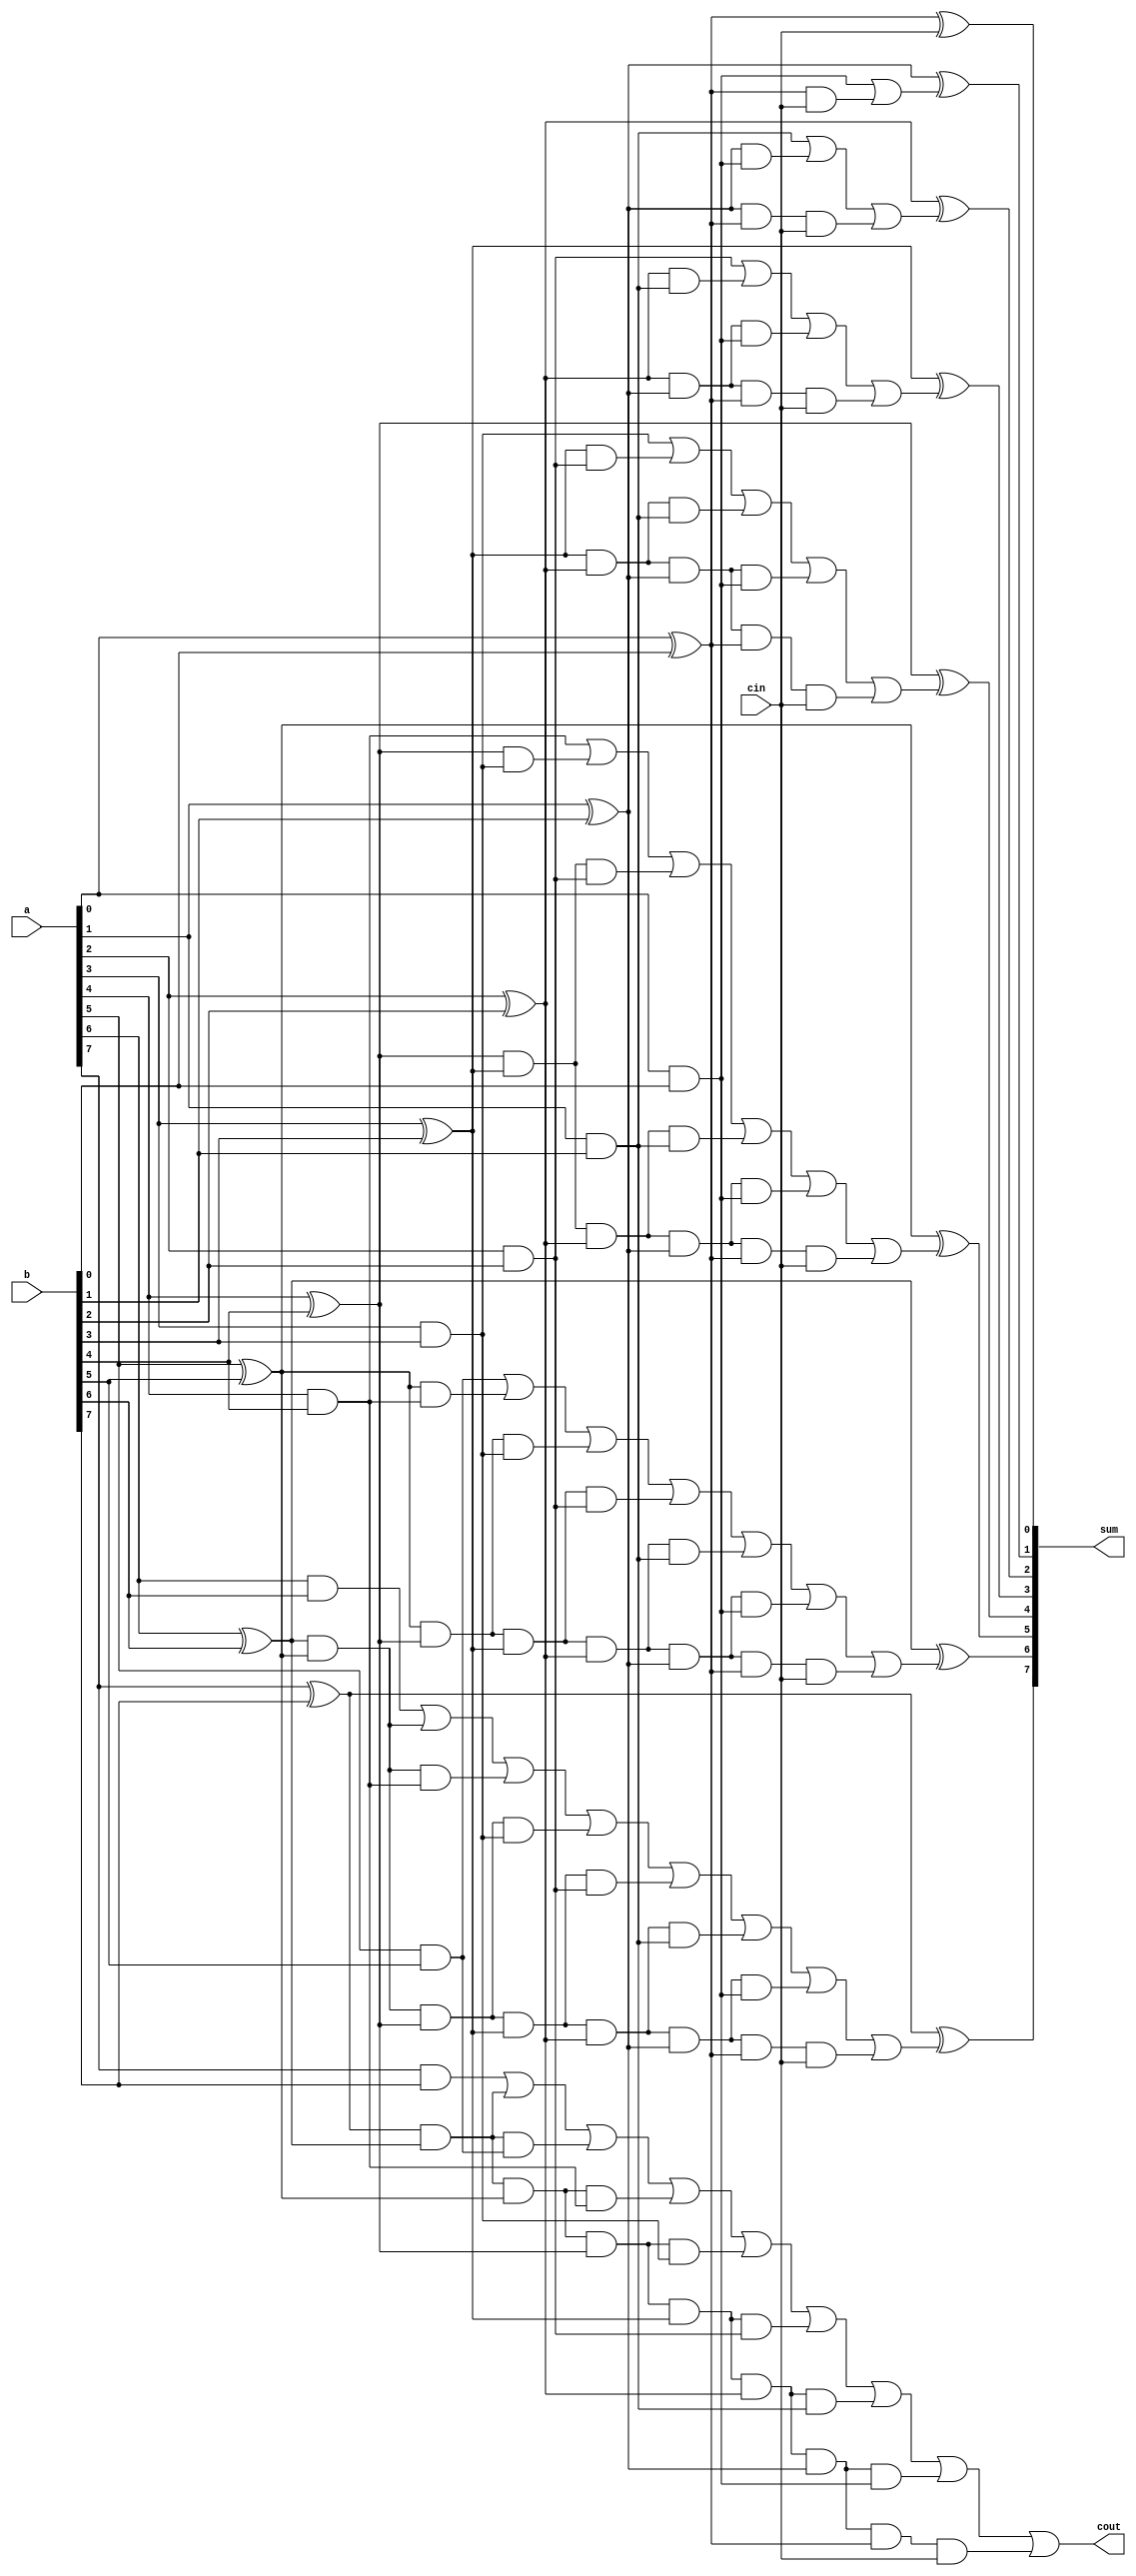
module A2Q1_cla_adder(a,b,cin,sum,cout);
    input[7:0] a,b;     // a and b are 4bit inputs
    input cin;          // Carry in
    output [7:0] sum;   // Final Sum
    output cout;        // Final carry out
    

    wire p0,p1,p2,p3,p4,p5,p6,p7;   // p stands for the carry out propagator 
    wire g0,g1,g2,g3,g4,g5,g6,g7;   // g stands for the carry out generator
    wire c0,c1,c2,c3,c4,c5,c6,c7;   // c stands for the intermediate carry outs

    //  The formula for carry out in any iteration will be ===>  cout[i]=(a[i]&b[i]) + (xor(a[i],b[i])&cin[i-1])
                                            // For any i ===> cin[i]=cout[i-1]
    // The sum at any iter will ===> sum[i]=xor(p[i],c[i-1]


    assign p0=(a[0]^b[0]);  // We assign the propagators the value: p[i]=xor(a[i], b[i])
    assign p1=(a[1]^b[1]);
    assign p2=(a[2]^b[2]);
    assign p3=(a[3]^b[3]);
    assign p4=(a[4]^b[4]);
    assign p5=(a[5]^b[5]);
    assign p6=(a[6]^b[6]);
    assign p7=(a[7]^b[7]);

    assign g0=(a[0]&b[0]);  // We assign the generators the value: g[i]=a[i]&b[i]
    assign g1=(a[1]&b[1]);
    assign g2=(a[2]&b[2]);
    assign g3=(a[3]&b[3]);
    assign g4=(a[4]&b[4]);
    assign g5=(a[5]&b[5]);
    assign g6=(a[6]&b[6]);
    assign g7=(a[7]&b[7]);

    assign c0=g0|(p0&cin);  // We assign the intermediate carry outs the value from the formula
    assign c1=g1|(p1&g0)|(p1&p0&cin);
    assign c2=g2|(p2&g1)|(p2&p1&g0)|(p2&p1&p0&cin);
    assign c3=g3|(p3&g2)|(p3&p2&g1)|(p3&p2&p1&g0)|(p3&p2&p1&p0&cin);
    assign c4=g4|(p4&g3)|(p4&p3&g2)|(p4&p3&p2&g1)|(p4&p3&p2&p1&g0)|(p4&p3&p2&p1&p0&cin);
    assign c5=g5|(p5&g4)|(p5&p4&g3)|(p5&p4&p3&g2)|(p5&p4&p3&p2&g1)|(p5&p4&p3&p2&p1&g0)|(p5&p4&p3&p2&p1&p0&cin);
    assign c6=g6|(p6&p5)|(p6&p5&g4)|(p6&p5&p4&g3)|(p6&p5&p4&p3&g2)|(p6&p5&p4&p3&p2&g1)|(p6&p5&p4&p3&p2&p1&g0)|(p6&p5&p4&p3&p2&p1&p0&cin);
    assign c7=g7|(p7&p6)|(p7&p6&g5)|(p7&p6&p5&g4)|(p7&p6&p5&p4&g3)|(p7&p6&p5&p4&p3&g2)|(p7&p6&p5&p4&p3&p2&g1)|(p7&p6&p5&p4&p3&p2&p1&g0)|(p7&p6&p5&p4&p3&p2&p1&p0&cin);

    assign sum[0]=p0^cin,
    sum[1]=p1^c0,
    sum[2]=p2^c1,
    sum[3]=p3^c2,
    sum[4]=p4^c3,
    sum[5]=p5^c4,
    sum[6]=p6^c5,
    sum[7]=p7^c6;

    assign cout=c7;

endmodule